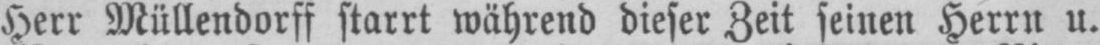
Herr Müllendorff starrt während dieser Zeit seinen Herrn u.